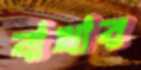
বাখার